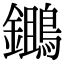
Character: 𪆷